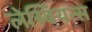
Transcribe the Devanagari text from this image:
लेस्बियन्स